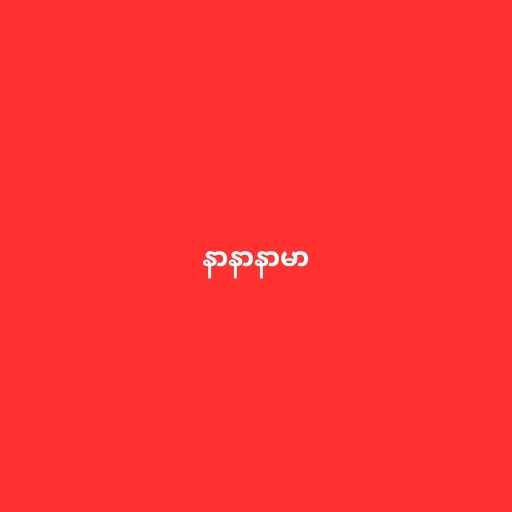
နာနာနာမာ